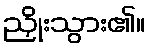
ညှိုးသွား၏။